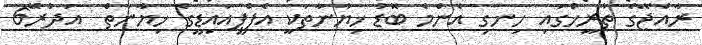
ރާއްޖޭގެ ތާރީޚްގައި ހިނގި އެންމެ ބޮޑު ޚިޔާނާތަކީ އެފްޕީއައިޑީގެ ޚިޔާނާތް  އަދުރޭ6